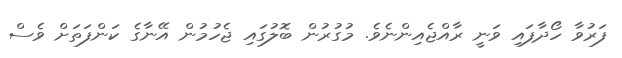
ފަރުވާ ހޯދާފައި ވަނީ ރާއްޖެއިންނެވެ. މުގުރުން ބޮލުގައި ޖެހުމުން އޭނާގެ ކަންފަތަށް ވެސް